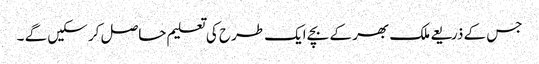
جس کے ذریعے ملک بھر کے بچے ایک طرح کی تعلیم حاصل کر سکیں گے ۔